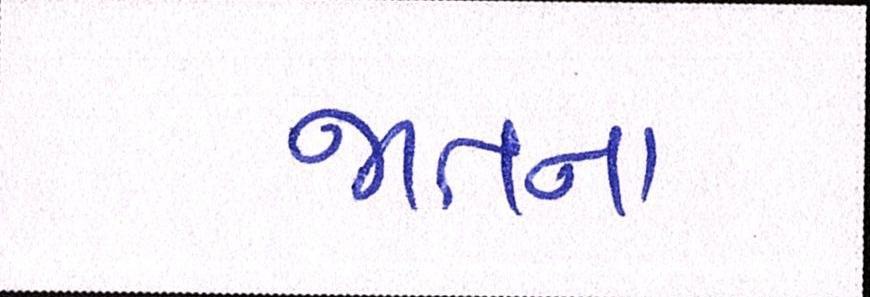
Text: જાતના